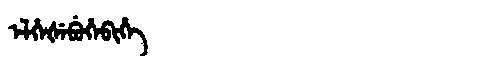
Manchu: ᡝᠯᡥᡝᡧᡝᠪᡠᡥᡝᠪᡳᡥᡝ
Romanization: ELHEŠEBUHEBIHE